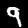
Digit: 9